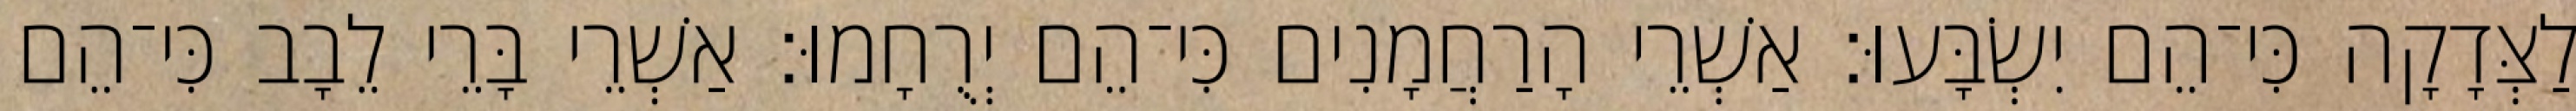
לַצְּדָקָה כִּי־הֵם יִשְׂבָּעוּ׃ אַשְׁרֵי הָרַחֲמָנִים כִּי־הֵם יְרֻחָמוּ׃ אַשְׁרֵי בָּרֵי לֵבָב כִּי־הֵם